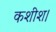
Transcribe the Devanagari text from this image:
कशीश।